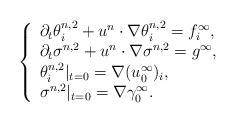
LaTeX: \begin{align*}\left\{\begin{array}{ll}\partial_t \theta^{n,2}_i +u^n \cdot\nabla \theta^{n,2}_i=f^\infty_i,\\\partial_t \sigma^{n,2} +u^n \cdot\nabla \sigma^{n,2}=g^\infty,\\{\theta^{n,2}_i}|_{t=0}=\nabla (u^\infty_0)_{i},\\{\sigma^{n,2}}|_{t=0}=\nabla \gamma^\infty_0.\end{array}\right.\end{align*}